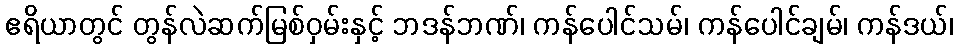
ဧရိယာတွင် တွန်လဲဆက်မြစ်ဝှမ်းနှင့် ဘဒန်ဘဏ်၊ ကန်ပေါင်သမ်၊ ကန်ပေါင်ချမ်၊ ကန်ဒယ်၊